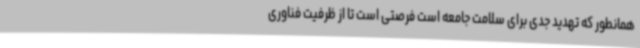
همانطور که تهدید جدی برای سلامت جامعه است فرصتی است تا از ظرفیت فناوری